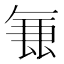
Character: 𭆢